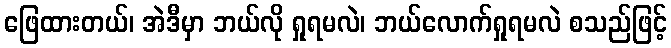
ဖြေထားတယ်၊ အဲဒီမှာ ဘယ်လို ရှုရမလဲ၊ ဘယ်လောက်ရှုရမလဲ စသည်ဖြင့်